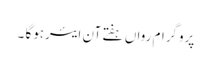
پروگرام رواں ہفتے آن ایئرہوگا ۔